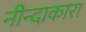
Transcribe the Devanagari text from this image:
नीन्दाकारा